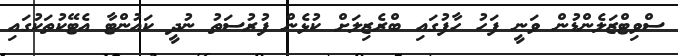
ސްވިޓްޒަލެންޑުން ވަނީ ފަހު ހާފުގައި ބްރެޒިލަށް ކުޅެން ފުރުސަތު ނުދީ ކައުންޓާ އެޓޭކުތަކުގައި